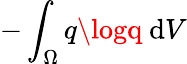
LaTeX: -\int_{\Omega}q\logq\ \mathrm{d}V